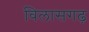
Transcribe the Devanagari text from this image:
विलासगढ़